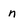
Character: n